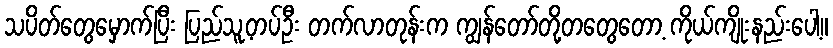
သပိတ်တွေမှောက်ပြီး ပြည်သူ့တပ်ဦး တက်လာတုန်းက ကျွန်တော်တို့တတွေတော့ ကိုယ်ကျိုးနည်းပေါ့။